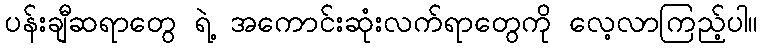
ပန်းချီဆရာတွေ ရဲ့ အကောင်းဆုံးလက်ရာတွေကို လေ့လာကြည့်ပါ။